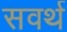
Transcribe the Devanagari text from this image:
सवर्थ